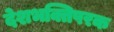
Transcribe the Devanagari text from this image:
देशभक्तिपरक